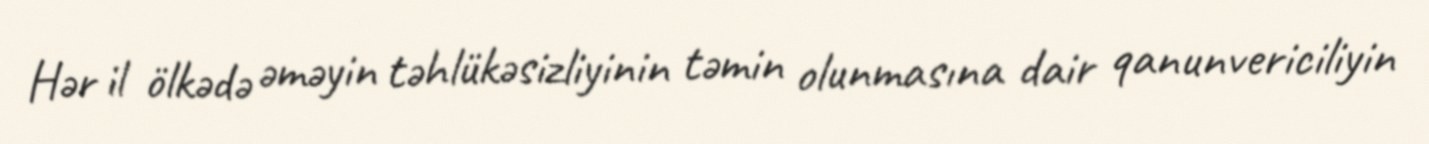
Hər il ölkədə əməyin təhlükəsizliyinin təmin olunmasına dair qanunvericiliyin